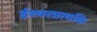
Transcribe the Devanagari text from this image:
ईश्वरप्रत्यकि